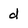
Character: d